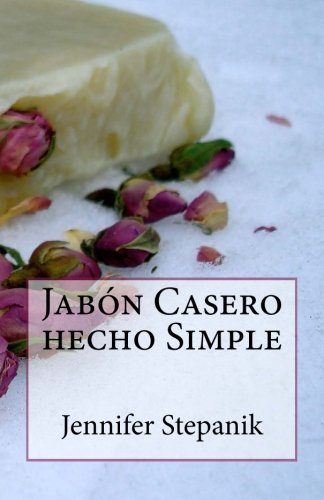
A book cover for JabÃ³n Casero hecho Simple (Spanish Edition); Jennifer Stepanik; Crafts, Hobbies & Home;